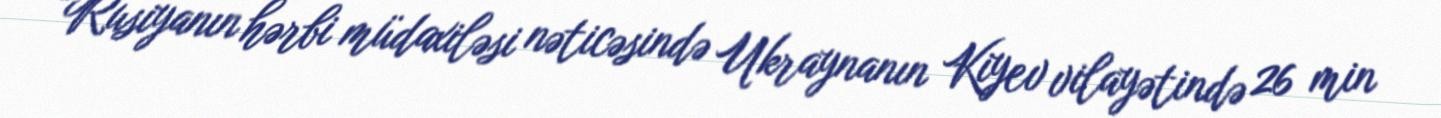
“Rusiyanın hərbi müdaxiləsi nəticəsində Ukraynanın Kiyev vilayətində 26 min